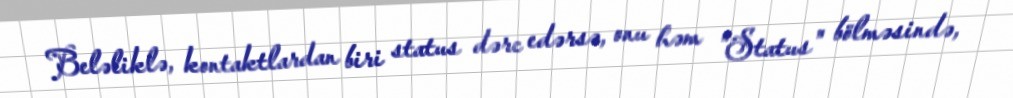
Beləliklə, kontaktlardan biri status dərc edərsə, onu həm "Status" bölməsində,